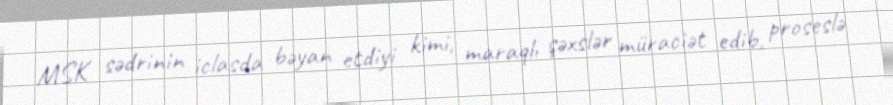
MSK sədrinin iclasda bəyan etdiyi kimi, maraqlı şəxslər müraciət edib, proseslə